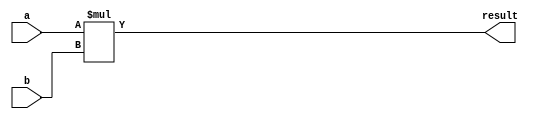
module Multiplier (
    input signed [15:0] a,
    input signed [15:0] b,
    output reg signed [31:0] result
);

always @(*) begin
    result = a * b;
end

endmodule